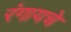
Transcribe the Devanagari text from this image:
रंगायचे